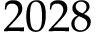
2 0 2 8